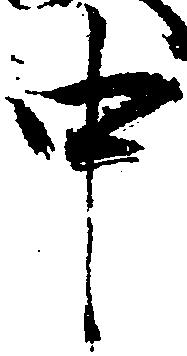
中